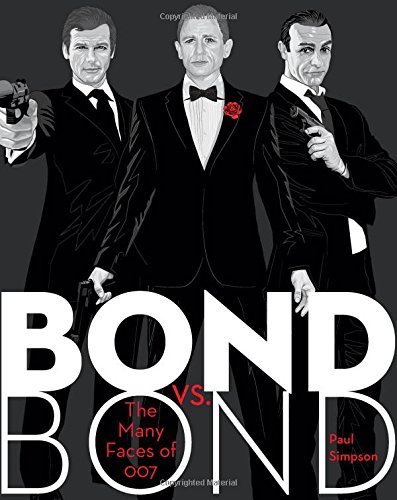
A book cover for Bond vs. Bond: The Many Faces of 007; Paul Simpson; Humor & Entertainment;